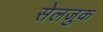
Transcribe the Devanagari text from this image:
सेलजुक